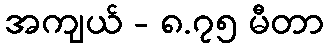
အကျယ် - ၈.၇၅ မီတာ